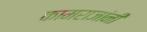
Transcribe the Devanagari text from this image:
कामराजांनी